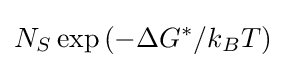
N_{S}\exp \left(-\Delta G^{*}/k_{B}T\right)